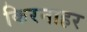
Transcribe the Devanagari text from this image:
किरनाहर